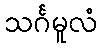
သင်္ဂမူလံ